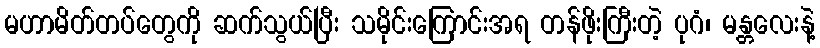
မဟာမိတ်တပ်တွေကို ဆက်သွယ်ပြီး သမိုင်းကြောင်းအရ တန်ဖိုးကြီးတဲ့ ပုဂံ၊ မန္တလေးနဲ့